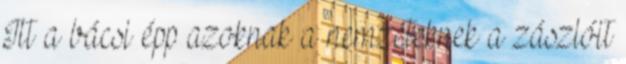
Itt a bácsi épp azoknak a nemzeteknek a zászlóit